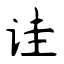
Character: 诖